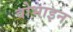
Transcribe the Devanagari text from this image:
वोभाइन